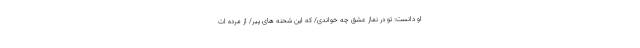
او دانست: تو در نماز عشق چه خواندی/ که این شحنه های پیر/ از مرده ات